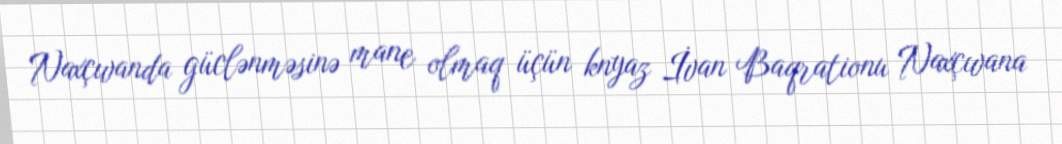
Naxçıvanda güclənməsinə mane olmaq üçün knyaz İvan Baqrationu Naxçıvana